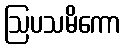
ဩပသမိကော